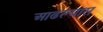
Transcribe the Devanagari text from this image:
आढल्यास